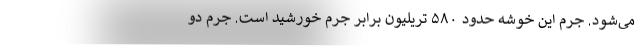
می‌شود. جرم این خوشه حدود ۵۸۰ تریلیون برابر جرم خورشید است. جرم دو